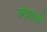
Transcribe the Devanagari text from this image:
कढवले